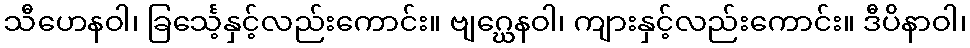
သီဟေနဝါ၊ ခြင်္သေ့နှင့်လည်းကောင်း။ ဗျဂ္ဃေနဝါ၊ ကျားနှင့်လည်းကောင်း။ ဒီပိနာဝါ၊